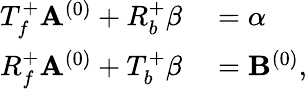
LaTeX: \begin{array}{rl}{T_{f}^{+}\mathbf{A}^{(0)}+R_{b}^{+}\beta}&{{}=\alpha}\\ {R_{f}^{+}\mathbf{A}^{(0)}+T_{b}^{+}\beta}&{{}=\mathbf{B}^{(0)},}\end{array}